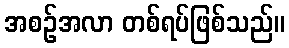
အစဉ်အလာ တစ်ရပ်ဖြစ်သည်။